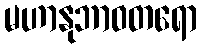
မဟာနုဘာဝတရော